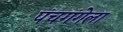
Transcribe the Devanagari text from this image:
पंचगंगेला